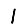
Digit: 1